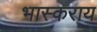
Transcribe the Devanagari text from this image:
भास्कराय